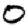
Digit: 0